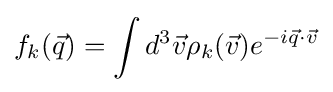
f_{k}({\vec {q}})=\int d^{3}{\vec {v}}\rho _{k}({\vec {v}})e^{-i{\vec {q}}\cdot {\vec {v}}}